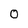
Character: 0